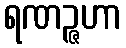
ရဏဉ္ဇဟာ